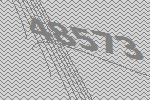
48573